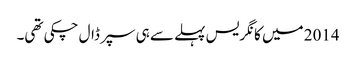
2014 میں کانگریس پہلے سے ہی سپر ڈال چکی تھی۔